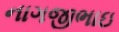
નાગજીભાઇ